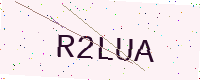
Text: R2LUA